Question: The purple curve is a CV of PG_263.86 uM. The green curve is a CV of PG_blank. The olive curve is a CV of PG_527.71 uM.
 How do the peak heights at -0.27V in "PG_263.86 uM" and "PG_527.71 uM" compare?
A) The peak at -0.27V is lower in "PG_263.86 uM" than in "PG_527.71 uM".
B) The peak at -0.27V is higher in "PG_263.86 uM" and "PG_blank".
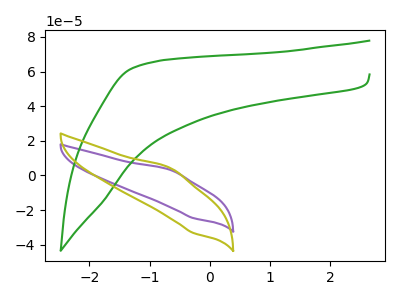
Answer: <think>The purple curve "PG_263.86 uM" has an anodic peak at (-0.65V, 3.00uA) and a cathodic peak at (-0.25V, -24.65uA). The green curve "PG_blank" has no peaks. The olive curve "PG_527.71 uM" has an anodic peak at (-0.65V, 4.05uA) and a cathodic peak at (-0.25V, -33.25uA).</think>
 <answer>A) The peak at -0.27V is lower in "PG_263.86 uM" than in "PG_527.71 uM".</answer>
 <eval>A</eval>